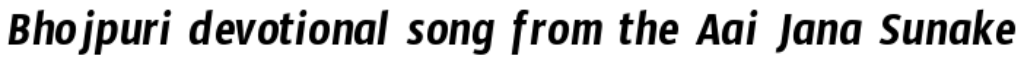
Bhojpuri devotional song from the Aai Jana Sunake